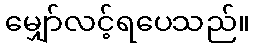
မျှော်လင့်ရပေသည်။